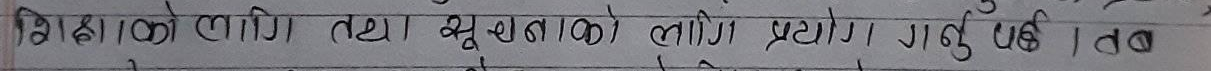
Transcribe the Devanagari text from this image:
शिक्षाको लागि तथा युनाको लागि प्रयोग गर्नु पर्छ । तब